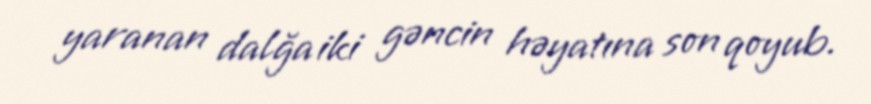
yaranan dalğa iki gəncin həyatına son qoyub.